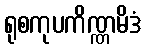
ရုစကုပကိဏ္ဏမိဒံ